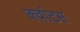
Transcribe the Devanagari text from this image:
क्‍वांटस